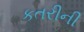
કતરીની